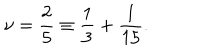
\nu = \frac { 2 } { 5 } \equiv \frac { 1 } { 3 } + \frac { 1 } { 1 5 } .